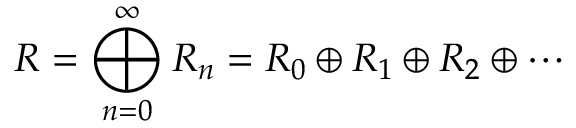
R = \bigoplus _ { n = 0 } ^ { \infty } R _ { n } = R _ { 0 } \oplus R _ { 1 } \oplus R _ { 2 } \oplus \cdots